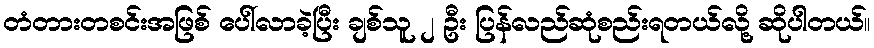
တံတားတစင်းအဖြစ် ပေါ်လာခဲ့ပြီး ချစ်သူ ၂ ဦး ပြန်လည်ဆုံစည်းရတယ်လို့ ဆိုပါတယ်။